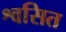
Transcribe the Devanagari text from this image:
श्वसित